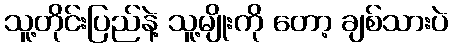
သူ့တိုင်းပြည်နဲ့ သူ့မျိုးကို တော့ ချစ်သားပဲ